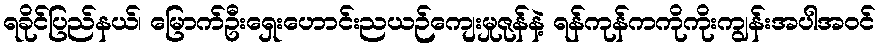
ရခိုင်ပြည်နယ်၊ မြောက်ဦးရှေးဟောင်းညယဉ်ကျေးမှုဇုန်နဲ့ ရန်ကုန်ကကိုကိုးကျွန်းအပါအဝင်